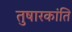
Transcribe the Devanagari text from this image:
तुषारकांति